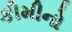
કીમીનો